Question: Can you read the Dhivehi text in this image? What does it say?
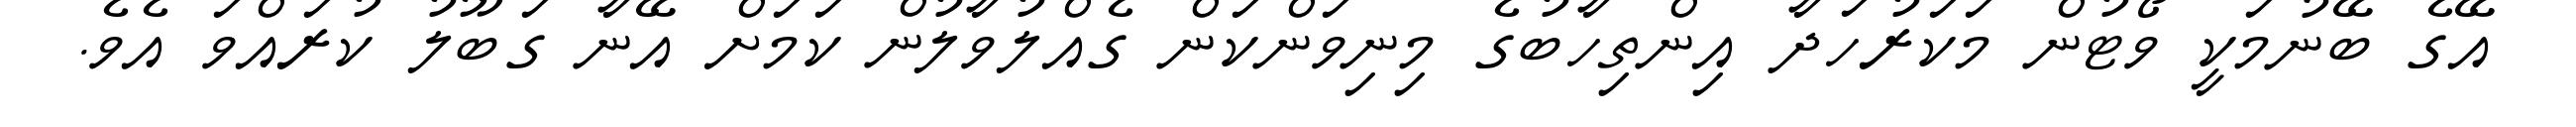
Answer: އޭގެ ބޭނުމަކީ ވޯޓުން މަކަރުހަދާ އިންތިހާބުގެ މިނިވަންކަން ގެއްލުވާލުން ކަމަށް އޭނާ ގަބޫލު ކުރައްވަ އެވެ.